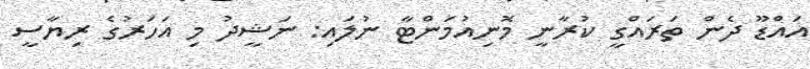
އައްޑޫ ދެން ތަރައްގީ ކުރާނީ މޮނިއުމަންޓާ ނުލައި: ނަޝީދު މި އަހަރުގެ ރިޔާސީ